Report on vaccination proceedings throughout the Government of Bengal -
Year: 1868
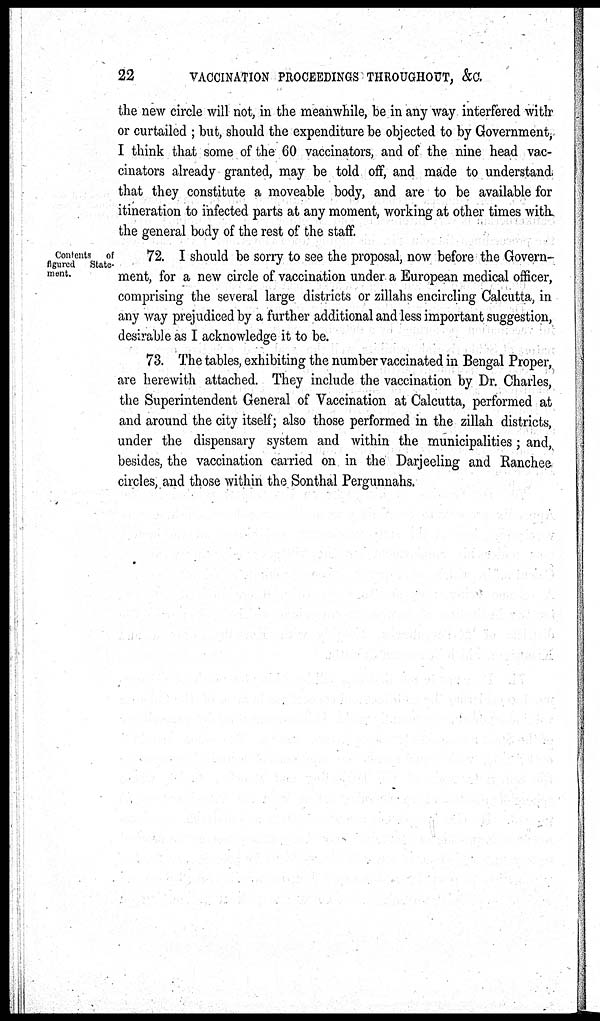
22
VACCINATION PROCEEDINGS THROUGHOUT, &C.
the new circle will not, in the meanwhile, be in any way interfered with
or curtailed ; but, should the expenditure be objected to by Government,
I think that some of the 60 vaccinators, and of the nine head vac-
cinators already granted, may be told off, and made to understand
that they constitute a moveable body, and are to be available for
itineration to infected parts at any moment, working at other times with
the general body of the rest of the staff.
Contents of
figured State¬
ment.
72. I should be sorry to see the proposal, now before the Govern-
ment, for a new circle of vaccination under a European medical officer,
comprising the several large districts or zillahs encircling Calcutta, in
any way prejudiced by a further additional and less important suggestion,
desirable as I acknowledge it to be.
73. The tables, exhibiting the number vaccinated in Bengal Proper,
are herewith attached. They include the vaccination by Dr. Charles,
the Superintendent General of Vaccination at Calcutta, performed at
and around the city itself; also those performed in the zillah districts,
under the dispensary system and within the municipalities; and,
besides, the vaccination carried on in the Darjeeling and Ranchee
circles, and those within the Sonthal Pergunnahs.